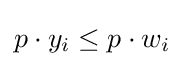
p\cdot y_{i}\leq p\cdot w_{i}